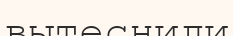
вытеснили